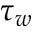
\tau _ { w }